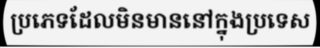
ប្រភេទដែលមិនមាននៅក្នុងប្រទេស